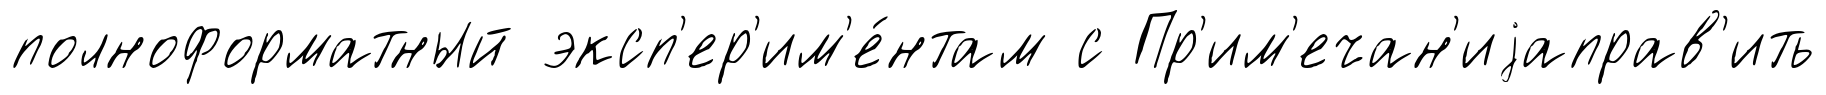
полноформатный эксп'ер'им'е́нтам с Пр'им'ечан'иjаправ'ить